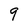
Character: 9